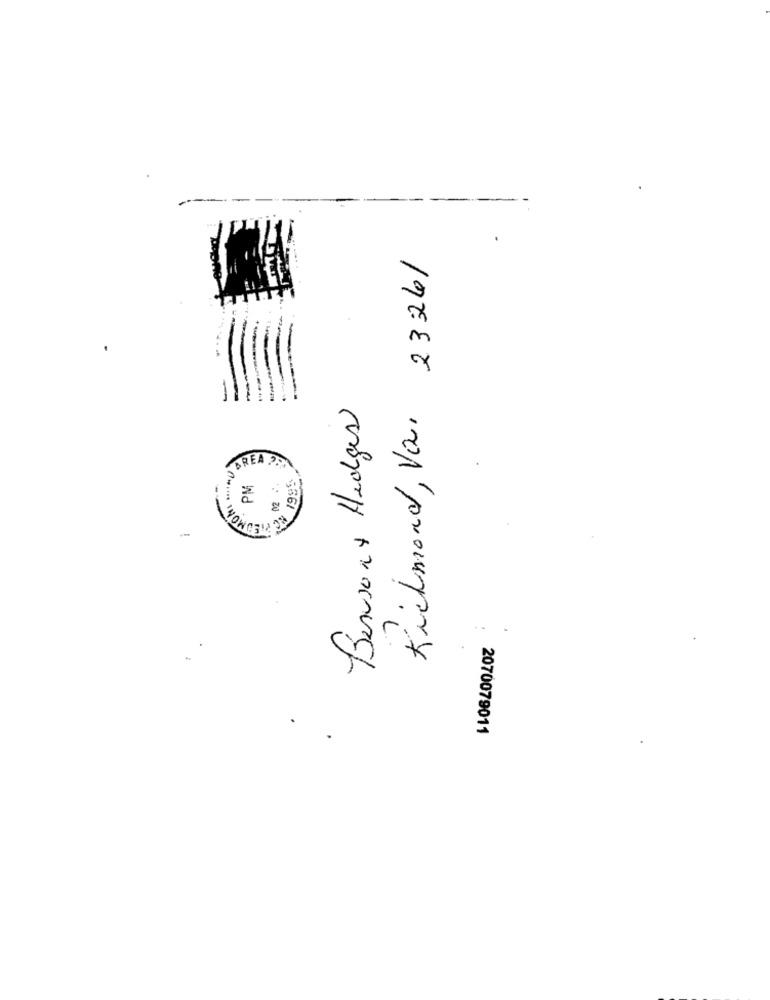
Kichmond, Var 2326/
Bensonx Hedges
BREA PPA
PM
3
536/
INO
WOWGEM
i
.
2070079011
.